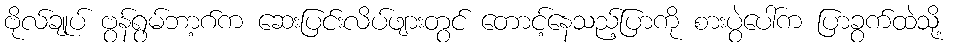
ဗိုလ်ချုပ် ဗွန်ရွမ်ဘာ့ဂ်က ဆေးပြင်းလိပ်ဖျားတွင် တောင့်နေသည့်ပြာကို စားပွဲပေါ်က ပြာခွက်ထဲသို့